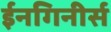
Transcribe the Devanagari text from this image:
ईनगिनीर्स